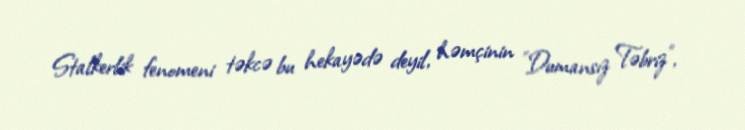
Stalkerlik fenomeni təkcə bu hekayədə deyil, həmçinin "Dumansız Təbriz",